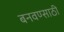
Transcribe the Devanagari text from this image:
बनवण्साठी